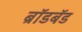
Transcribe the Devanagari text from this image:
ब्राॅडबॅड